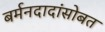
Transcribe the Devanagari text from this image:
बर्मनदादांसोबत